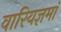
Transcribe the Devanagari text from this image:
वारियज्ञमां